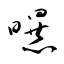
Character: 曝